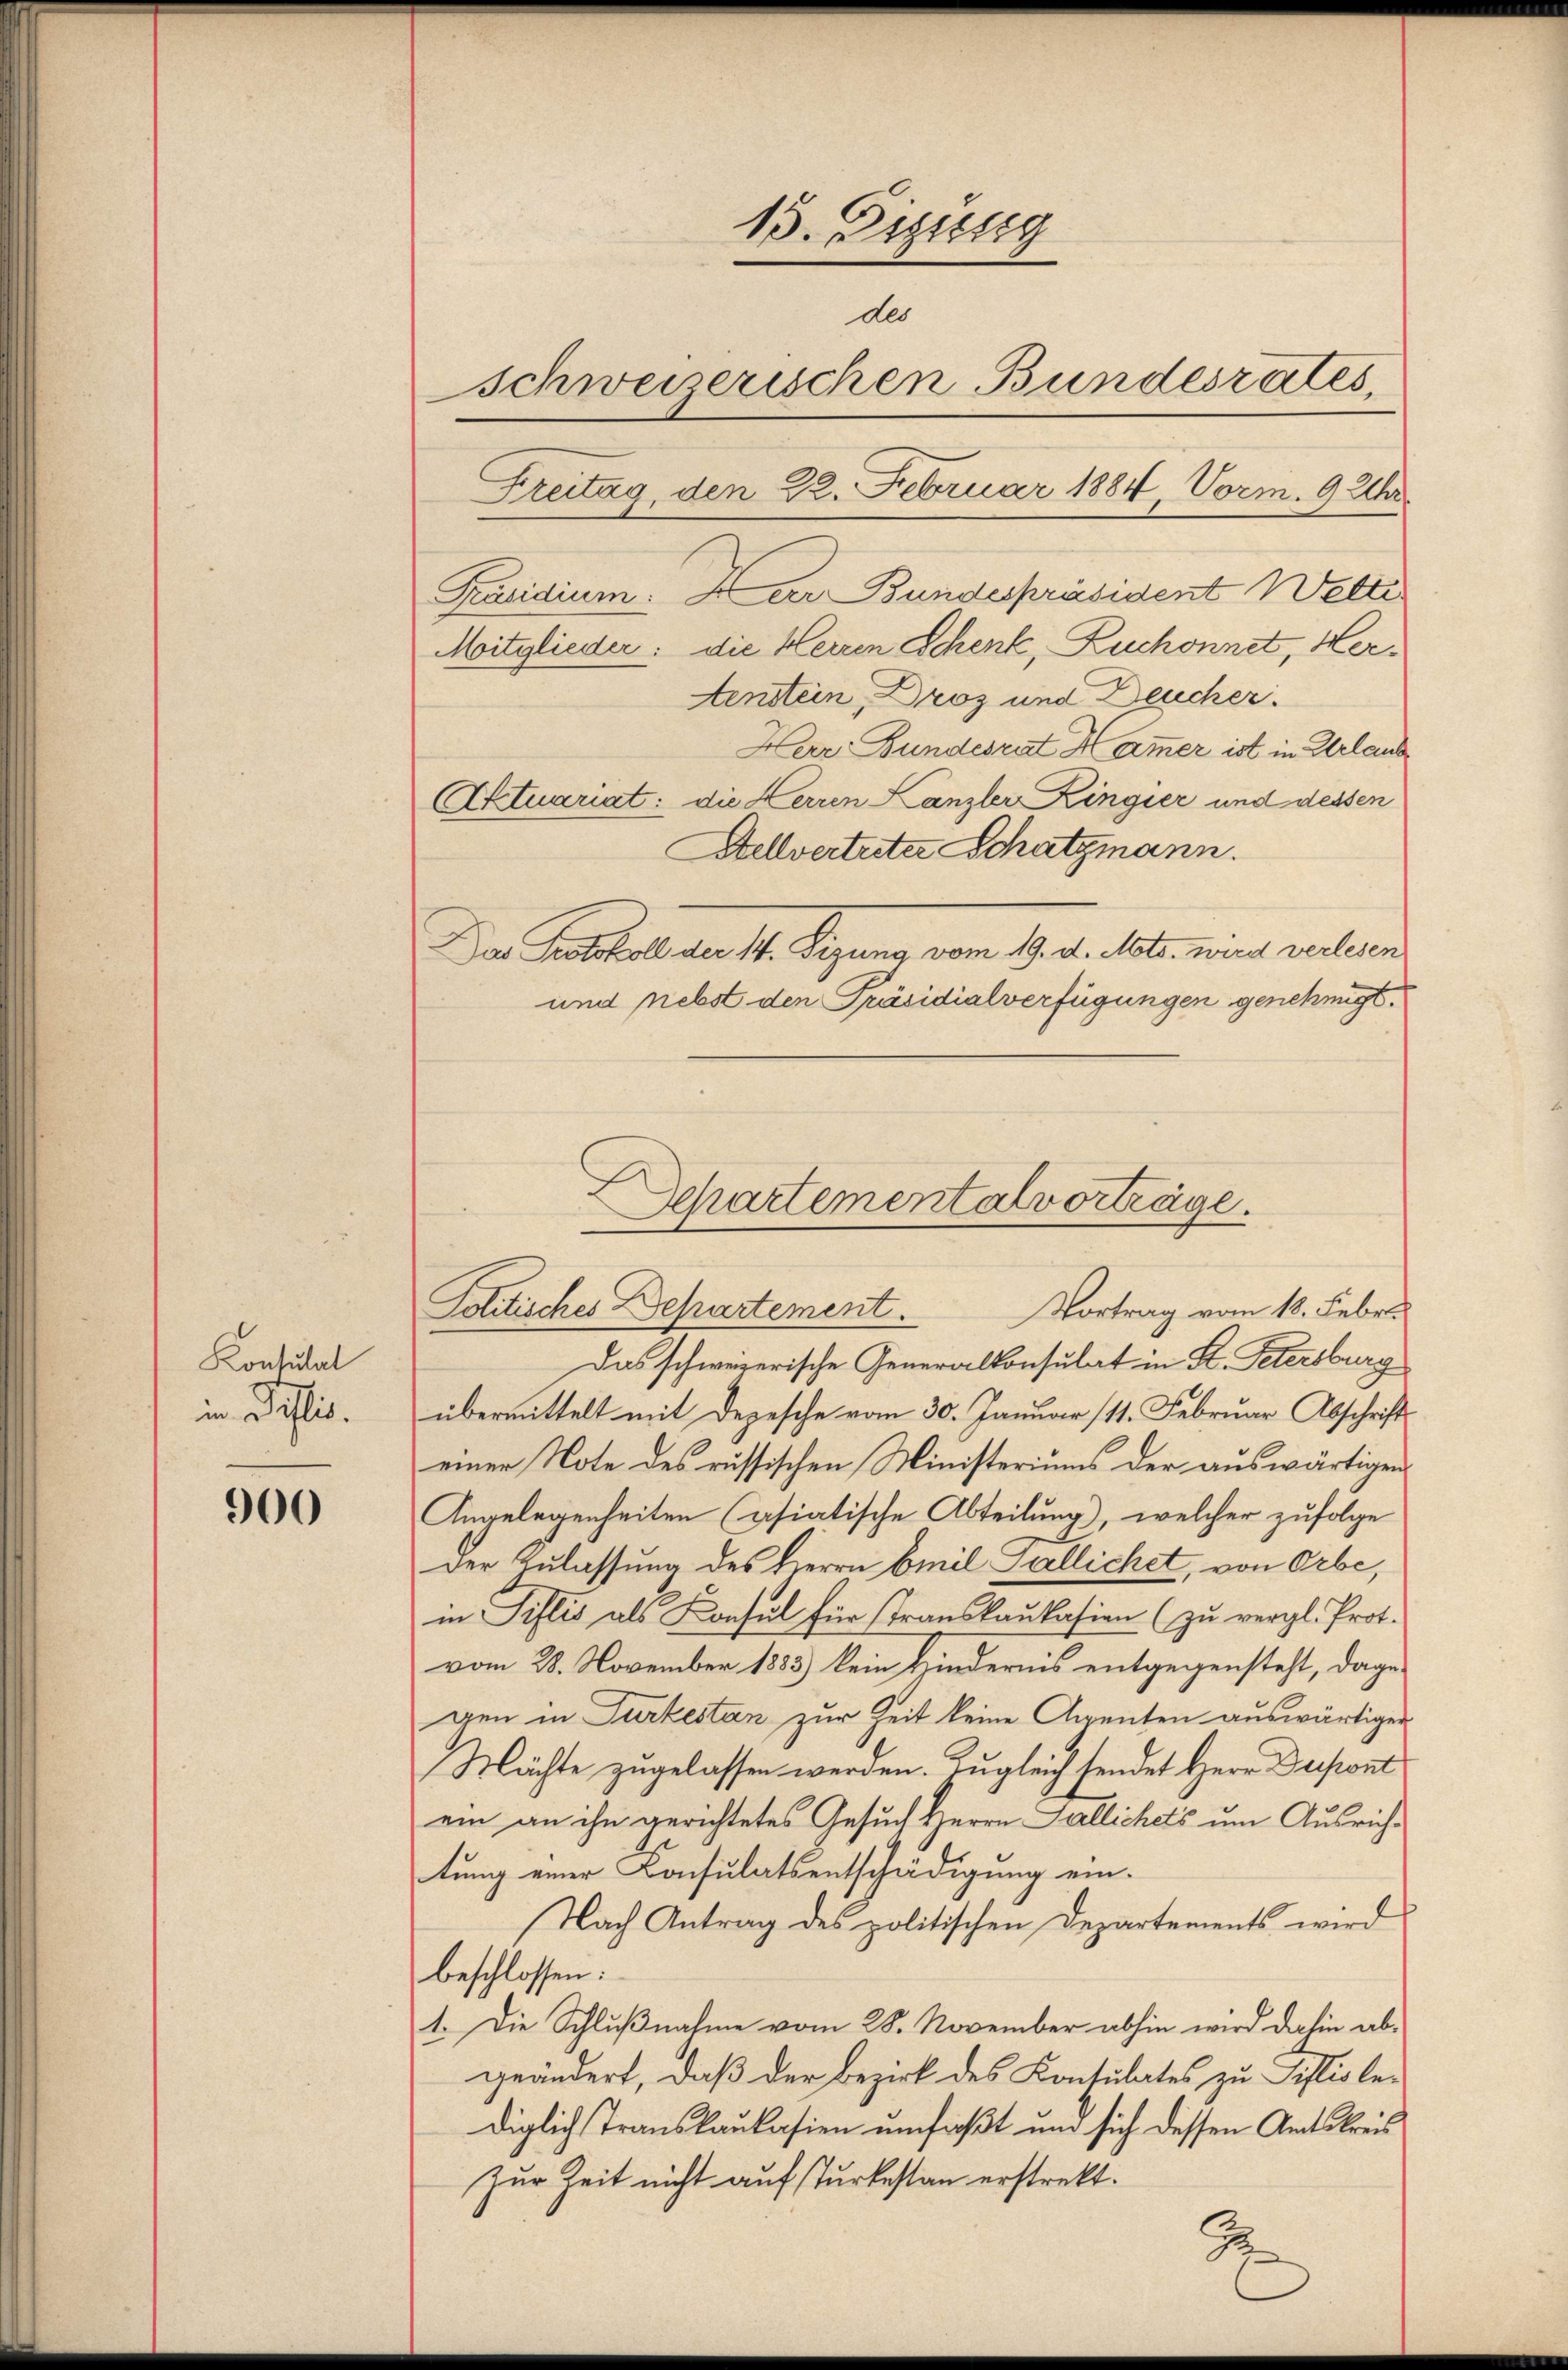
Konsulat
in Distis.

900

13. Diszig
des
Schwererischen Bundesrates,
Freitag, den 22. Februar 1884, Vorm. 9 Uhr.
Präsidium. Der Bundespräsident Welti
Mitglieder: die Herren Schenk, Zuchonnet, Her¬
Aenstein, Droz und Deucher.
Herr Bundesrat Hammer ist in Urlaub
Aktuariat: die Herren Kanzler Kingier und dessen
Stellvertreter Schatzmann.

Das Protokoll der 1. Sizung vom 19. d. Mts. wird verlesen
und nebst den Präsidialverfügungen genehmigt.

Schartementalvorträge.
Politisches Departement.
Vortrag vom 18. Febr.

Das schweizerische Generalkonsulat in St. Petersburg
übermittelt mit Depesche vom 30. Januar (11. Februar Abschrifts
einer Note des russischen Ministeriums der auswärtigen
Angelegenheiten (asiatische Abteilung, welcher zufolge
Der Zulassung des Herrn Emil Zallichet, von Orbe,
in Pislis als Konsul für Translaukasion (zu vergl. Prot.
vom 28. November 1883) kein Hindernis entgegensteht, dagegen in Turtestan zur Zeit keine Aegenten auswärtigen
Mächte zugelassen werden. Zugleich sendet Herr Depont
ein an ihn gerichtetes Gesuch Herrn Fallichets um Ausrichtung einer Consulatsentschädigung ein¬
Nach Antrag des politischen Departements wird
beschlossen:
1. Die Schlußnahme vom 28. November abhin wird dahin abgeändert, daß der Bezirk des Konsulates zu Sistis lediglich Translaukasien umfaßt und sich dessen Amtskreis
Zur Zeit nicht auf Turbestan erstrekt.
Ge